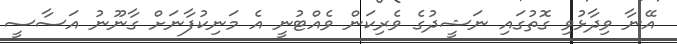
އޭނާ ވިދާޅުވި ގޮތުގައި ނަޝީދުގެ ވެރިކަން ވެއްޓުނީ އެ މަނިކުފާނަށް ގާނޫނު އަސާސީ